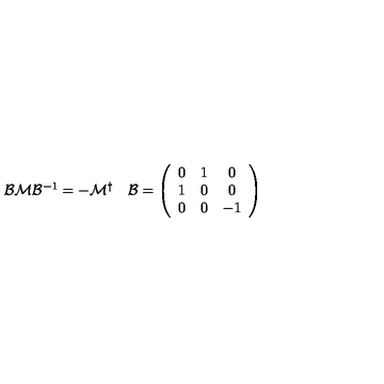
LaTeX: \begin{array} { c c } { { \cal B } { \cal M } { \cal B } ^ { - 1 } = - { \cal M } ^ { \dagger } } & { { \cal B } = \left( \begin{array} { c c c } { 0 } & { 1 } & { 0 } \\ { 1 } & { 0 } & { 0 } \\ { 0 } & { 0 } & { - 1 } \\ \end{array} \right) } \\ \end{array}